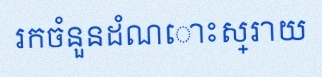
រកចំនួនដំណោះស្រាយ